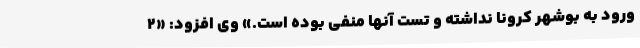
ورود به بوشهر کرونا نداشته و تست آنها منفی بوده است.» وی افزود: «۲